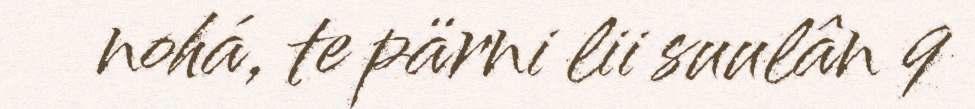
nohá, te pärni lii suulân 9